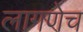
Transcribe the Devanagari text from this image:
लागणेच